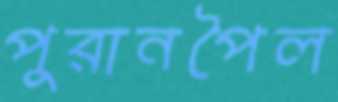
পুরানপৈল